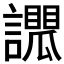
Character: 𧭑